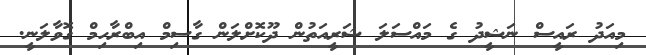
މިއަދު ރައީސް ނަޝީދު ގެ މައްސަލަ ޝަރީއަތުން ދޫކޮށްލަން ގާސިމް އިބްރާހިމް ގޮވާލަނީ.